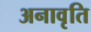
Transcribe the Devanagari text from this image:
अनावृति